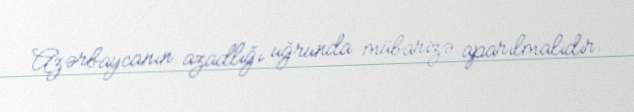
Azərbaycanın azadlığı uğrunda mübarizə aparılmalıdır.